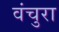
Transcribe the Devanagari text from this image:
वंचुरा